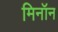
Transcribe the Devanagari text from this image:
मिनॉन